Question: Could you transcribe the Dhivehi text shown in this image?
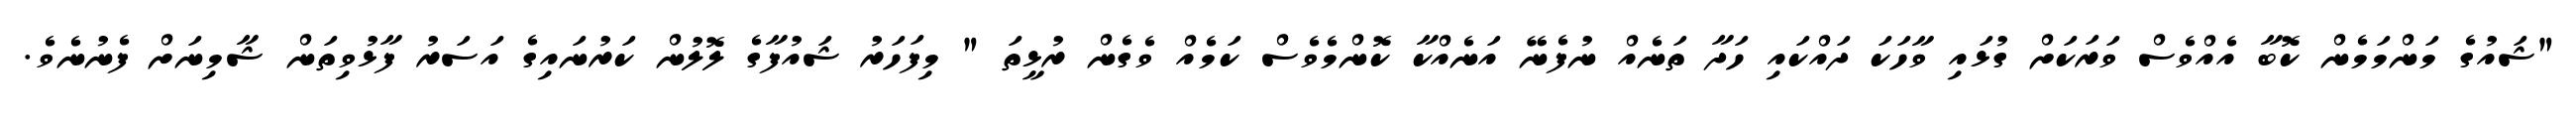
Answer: "ޝައުގެ މަންމަމެން ކޮބާ އެއްވެސް ވަރަކަށް ގުޅައި ވާހަކަ ދައްކައި ހަދާ ތަނެއް ނުފެނޭ އަނެއްކާ ކޮންމެވެސް ކަމެއް ވެގެން ރުޅީތަ " މިފަހަރު ޝައުފާގެ ލޮލުން ކަރުނައިގެ އަސަރު ފާޅުވިތަން ޝާމިނަށް ފެނުނެވެ.